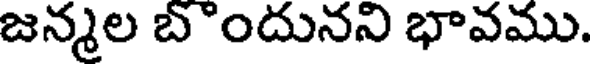
జన్మల బొందునని భావము.